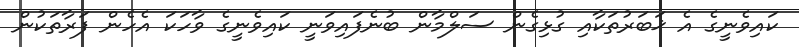
ކައިވެނީގެ އެ ޚަބަރުތަކާއި ގުޅިގެން ސަލްމާން ބުނެފައިވަނީ ކައިވެނީގެ ވާހަކަ އެހެން ފަރާތަކުން